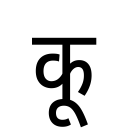
OCR:
कू